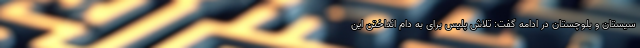
سیستان و بلوچستان در ادامه گفت: تلاش پلیس برای به دام انداختن این